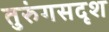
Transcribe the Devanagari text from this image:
तुरुंगसदृश